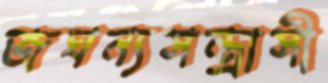
জঘন্যসন্ত্রাসী